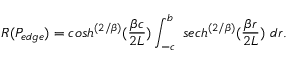
R ( P _ { e d g e } ) = c o s h ^ { \left( { 2 / \beta } \right) } ( { \frac { \beta c } { 2 L } } ) \int _ { - c } ^ { b } \, \, s e c h ^ { \left( { 2 / \beta } \right) } ( { \frac { \beta r } { 2 L } } ) \, \, d r .